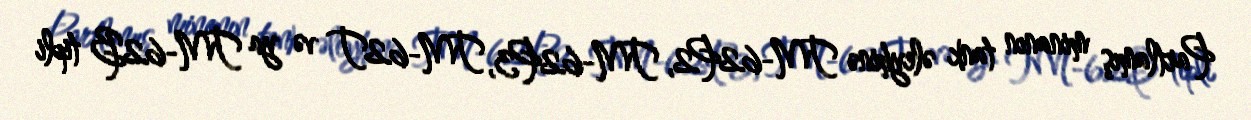
Partlamış minanın tank əleyhinə TM-62P2, TM-62P3, TM-62T və ya TM-62B tipli